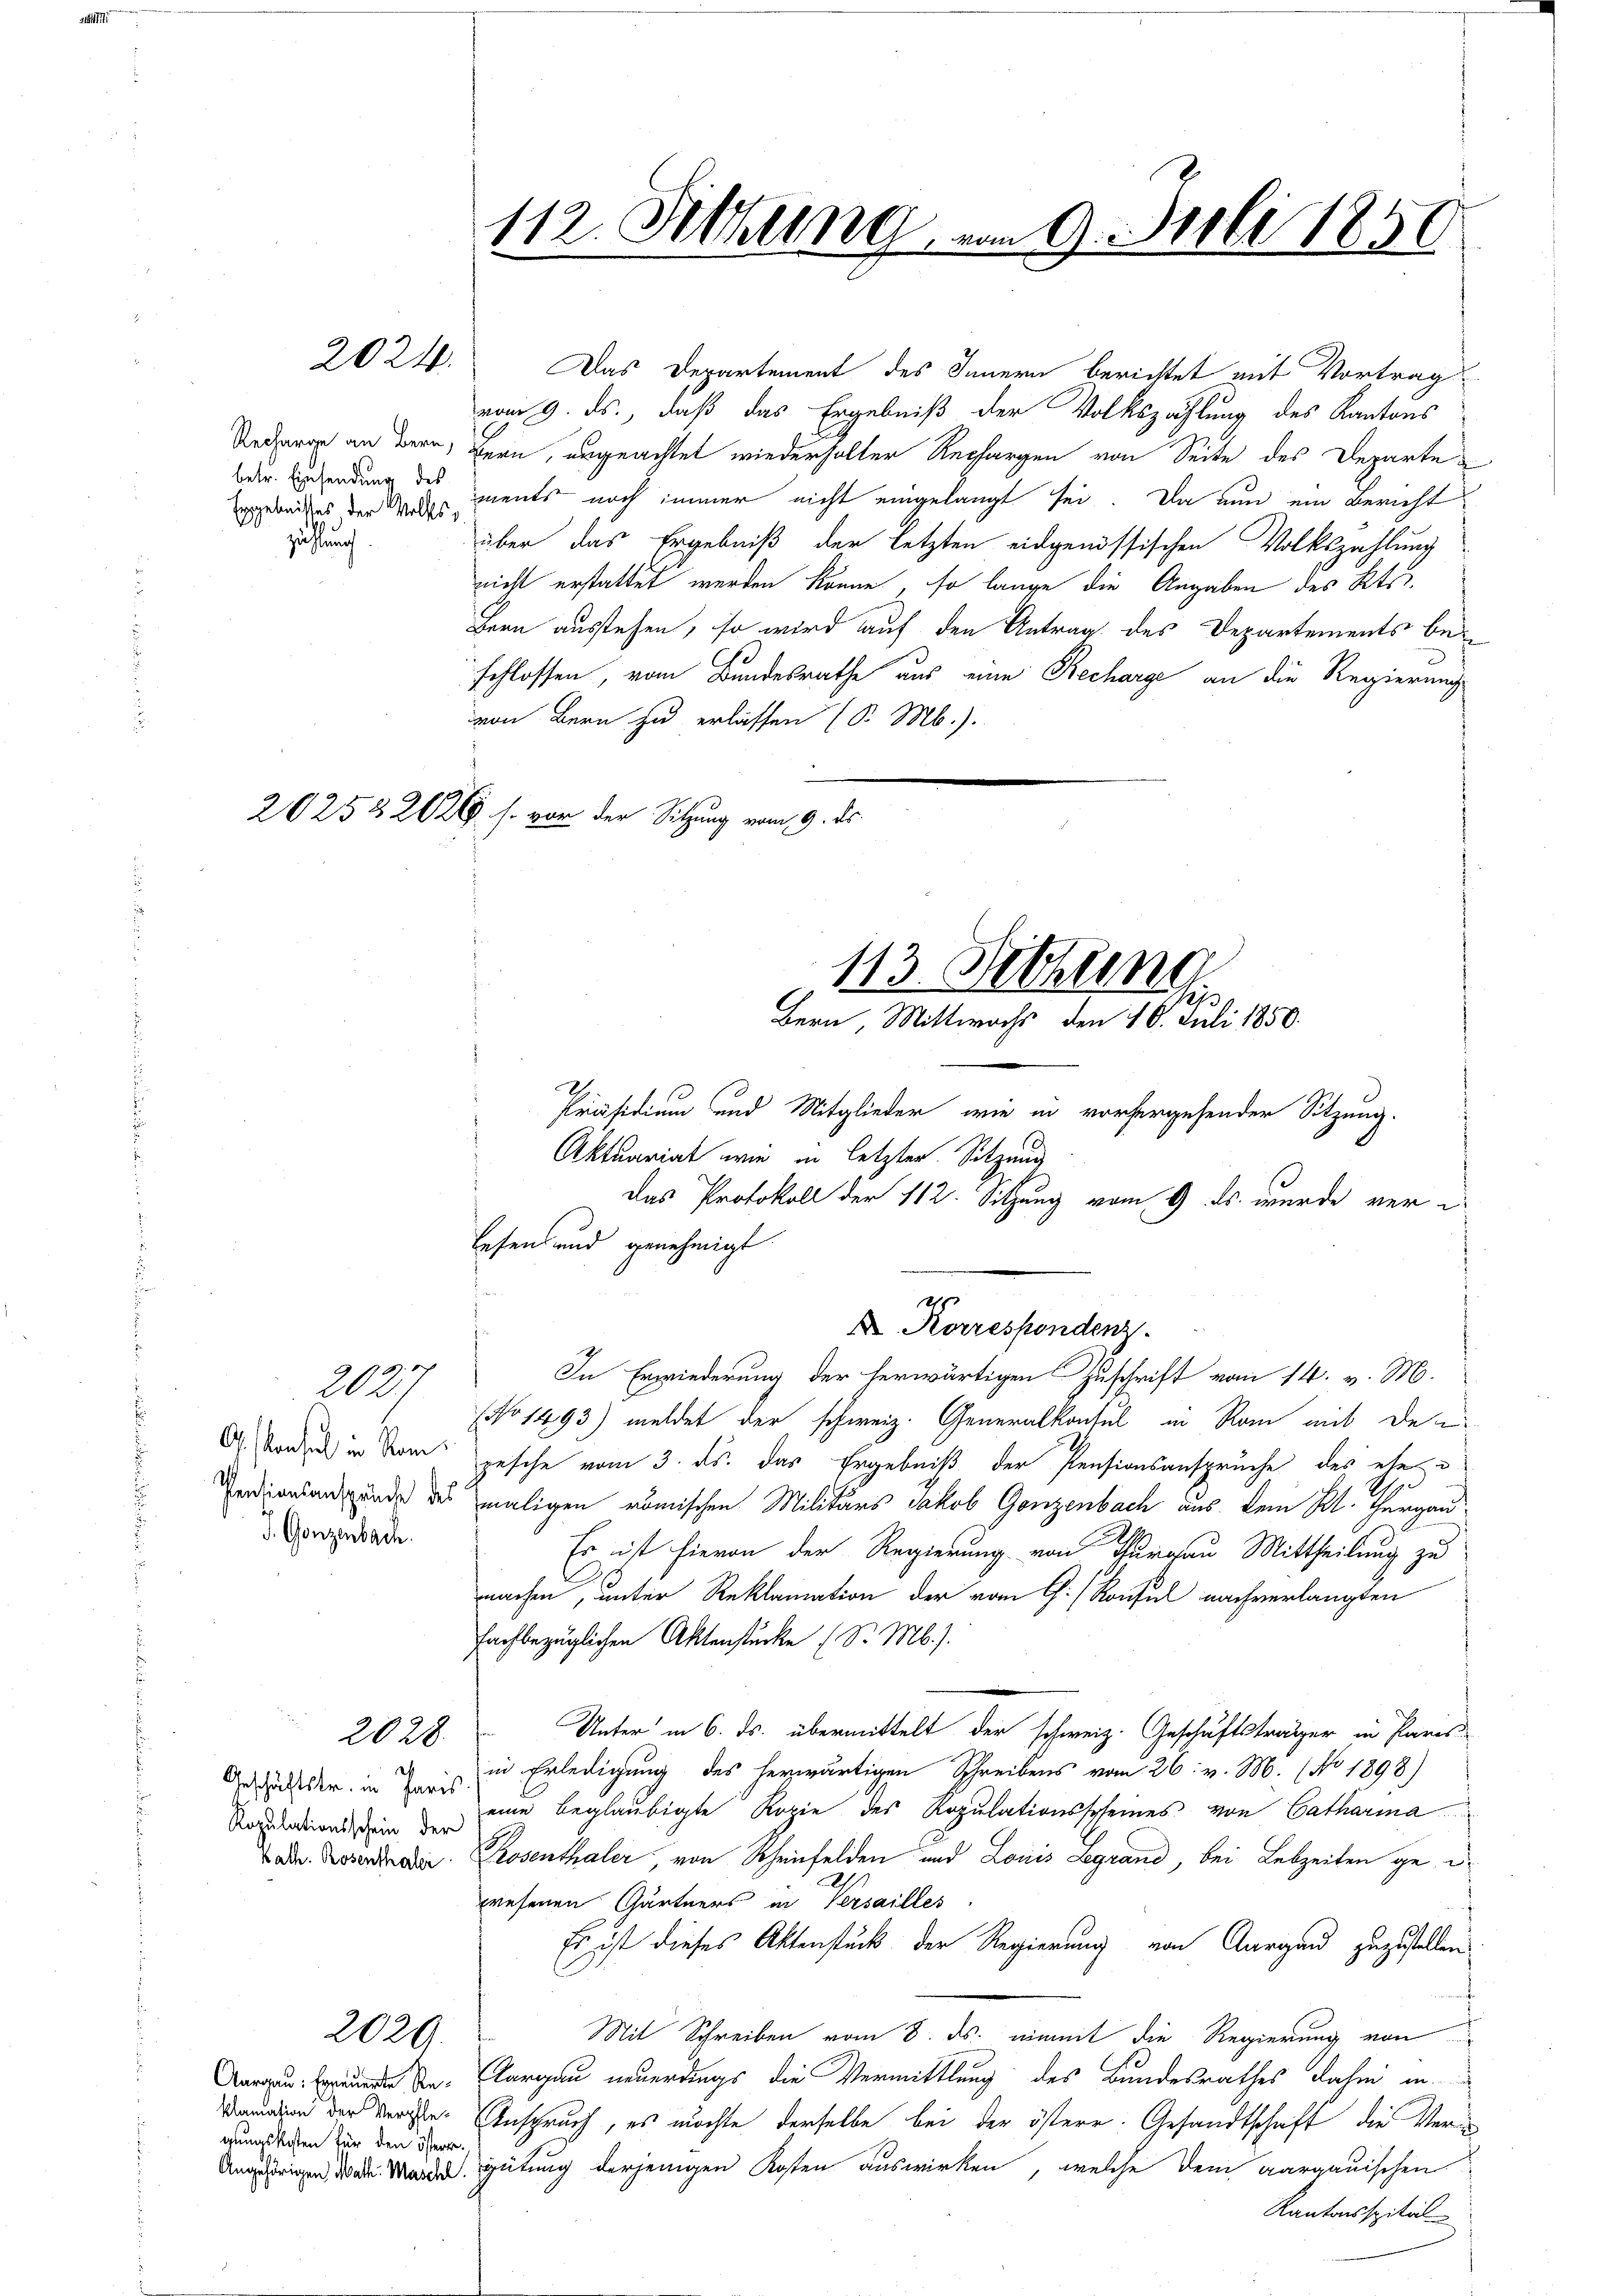
Ergebnisses der Vollzählung

A. Konsul in Nam
J. Gonzenbach.

2024.

2027

2028.

Ropulationsschein der

2020.

vom 9. ds., daß das Ergebniß der Volkszählung des Kantons
Recaron an Bern, Bern, angeachtet wiederholter Rechargen von Seite des Departe
der Einsendung des ments noch immer nicht eingelangt sei. Da nun ein Bericht
s
über das Ergebniß der letzten eidgenössischen Volkszahlung
nicht erstattet werden könne, so lange die Angaben des Kts.
Bern ausstehen, so wird auf den Antrag des Departements beschlossen, vom Bundesrathe aus eine Becharge an die Regierung
von Bern zu erlassen (S. Mb.).
20252 202. s. von der Sitzung vom 9. ds.

Aargau: Erneuerte Regungskosten für den österr.

112. Setzung

Aktuariat wie in letzter Sitzung
lesen und genehmigt.
7
In Erwiederung der herwärtigen Zuschrift vom 14. v. M.
No 1493) meldet der schweiz. Generalkonsul in Rom mit den
gesehe vom 3. ds. das Ergebniß der Pensionsanspruche des ehe
d
.
Verdiensangunde des maligen römischen Militärs Jakob Ganzenbach aus kein Bl. Thurgau
Es ist hievon der Regierung von Thurgau Mittheilung zu
machen, unter Reklamation der vom C. / Konsul nachverlangten
fachbezüglichen Aktenstücke (S. M.).
Unter in 6. ds. übermittelt der schweiz. Geschäftsträger in Paris
in Erledigung des herwärtigen Schreibens vom 26. v. M. (No 1898)
Gesänder in Paris nur beglaubigte Kopie des Ropulationsscheines von Catharina
ade. Rosen oder Rosenthaler, von Rheinfelden und Louis Legrand, bei Lebzeiten gewesenen Gärtners in Versailles
Es ist dieses Aktenstück der Regierung von Aargau zuzustellen
Mit Schreiben vom 8. ds. einmit die Regierung von
Aargau neuerdings die Vermittlung des Bundesrathes dahin in
Wunden der Verste Anspruch, es möchte derselbe bei der östere Gesandtschaft, die Ver
Angstrigen das Werde Hütung derjenigen Kosten auswirken, welche dem aargauischen
Kantonsspital

m 9. Juli 1856

Das Departement des Innern berichtet mit Vortrag

113. Fettling
.
Bern, Mittwochs den 10. Juli 1850.
Präsidium und Mitglieder, wie in vorhergehender Sitzung.
Das Protokoll der 112. Sitzung vom 9. ds. wurde veri

2
X. Korrespondenz